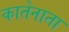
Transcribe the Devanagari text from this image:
कातेनाता